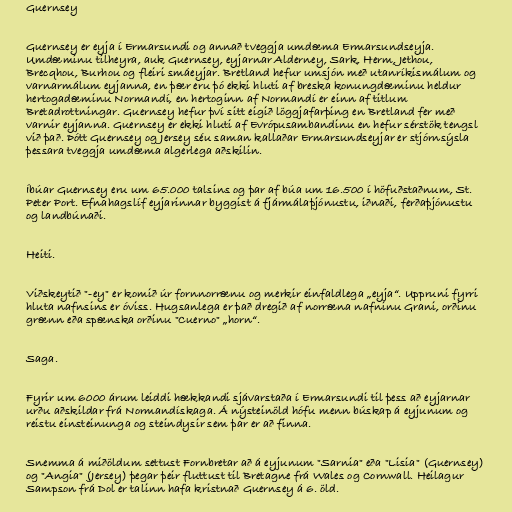
Guernsey

Guernsey er eyja í Ermarsundi og annað tveggja umdæma Ermarsundseyja.
Umdæminu tilheyra, auk Guernsey, eyjarnar Alderney, Sark, Herm, Jethou,
Brecqhou, Burhou og fleiri smáeyjar. Bretland hefur umsjón með utanríkismálum og
varnarmálum eyjanna, en þær eru þó ekki hluti af breska konungdæminu heldur
hertogadæminu Normandí, en hertoginn af Normandí er einn af titlum
Bretadrottningar. Guernsey hefur því sitt eigið löggjafarþing en Bretland fer með
varnir eyjanna. Guernsey er ekki hluti af Evrópusambandinu en hefur sérstök tengsl
við það. Þótt Guernsey og Jersey séu saman kallaðar Ermarsundseyjar er stjórnsýsla
þessara tveggja umdæma algerlega aðskilin.

Íbúar Guernsey eru um 65.000 talsins og þar af búa um 16.500 í höfuðstaðnum, St.
Peter Port. Efnahagslíf eyjarinnar byggist á fjármálaþjónustu, iðnaði, ferðaþjónustu
og landbúnaði.

Heiti.

Viðskeytið "-ey" er komið úr fornnorrænu og merkir einfaldlega „eyja“. Uppruni fyrri
hluta nafnsins er óviss. Hugsanlega er það dregið af norræna nafninu Grani, orðinu
grænn eða spænska orðinu "Cuerno" „horn“.

Saga.

Fyrir um 6000 árum leiddi hækkandi sjávarstaða í Ermarsundi til þess að eyjarnar
urðu aðskildar frá Normandískaga. Á nýsteinöld hófu menn búskap á eyjunum og
reistu einsteinunga og steindysir sem þar er að finna.

Snemma á miðöldum settust Fornbretar að á eyjunum "Sarnia" eða "Lisia" (Guernsey)
og "Angia" (Jersey) þegar þeir fluttust til Bretagne frá Wales og Cornwall. Heilagur
Sampson frá Dol er talinn hafa kristnað Guernsey á 6. öld.